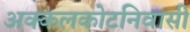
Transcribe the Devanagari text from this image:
अक्कलकोटनिवासी